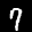
Label: 7